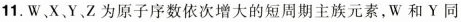
11.W、X、Y、Z为原子序数依次增大的短周期主族元素，W和Y同